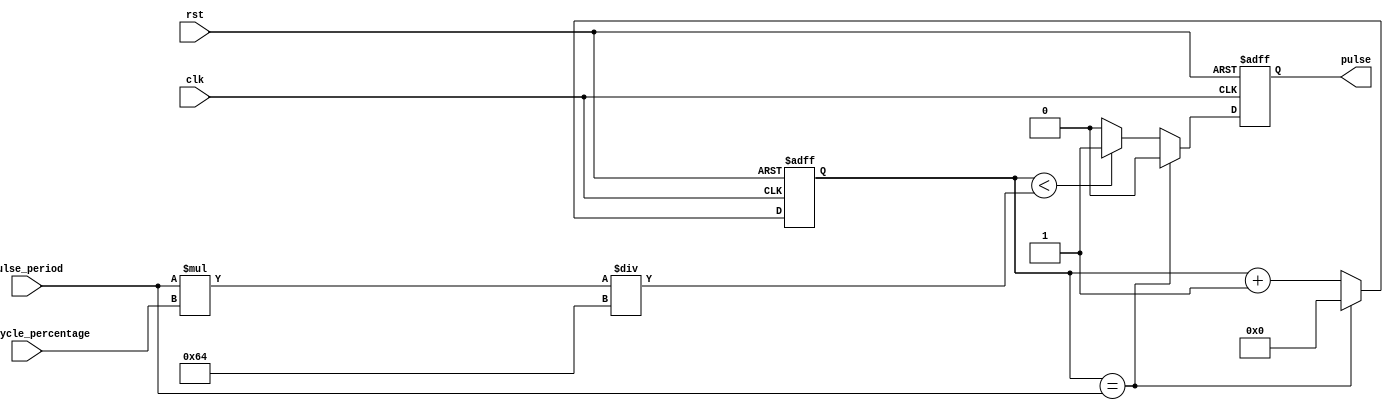
module DutyCyclePulseGenerator (
    input wire clk,
    input wire rst,
    input wire [31:0] pulse_period,
    input wire [7:0] duty_cycle_percentage,
    output reg pulse
);

reg [31:0] counter;

always @(posedge clk or posedge rst) begin
    if (rst) begin
        counter <= 0;
        pulse <= 0;
    end else begin
        if (counter == pulse_period) begin
            pulse <= 0;
            counter <= 0;
        end else begin
            if (counter < (pulse_period * duty_cycle_percentage / 100)) begin
                pulse <= 1;
            end else begin
                pulse <= 0;
            end
            counter <= counter + 1;
        end
    end
end

endmodule